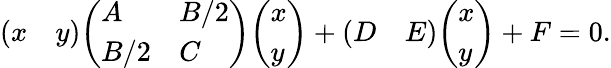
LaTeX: {\left(\begin{array}{ll}{x}&{y}\end{array}\right)}{\left(\begin{array}{ll}{A}&{B/2}\\ {B/2}&{C}\end{array}\right)}{\left(\begin{array}{l}{x}\\ {y}\end{array}\right)}+{\left(\begin{array}{ll}{D}&{E}\end{array}\right)}{\left(\begin{array}{l}{x}\\ {y}\end{array}\right)}+F=0.